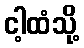
ငါ့ထံသို့